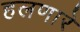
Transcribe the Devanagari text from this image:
हलणारे